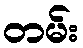
တမ်း